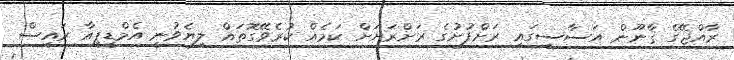
ރާއްޖޭގެ ޤާނޫން އަސާސީގައި ރަށްފުށުގެ ރަށްރަށަށް ކަމެއް ކުރެވޭގޮތައް ލިޔެވުނީ އެމްޑީޕީއާ ރައީސް